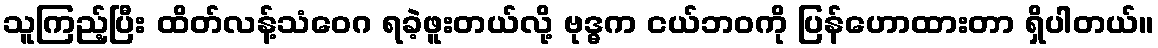
သူကြည့်ပြီး ထိတ်လန့်သံဝေဂ ရခဲ့ဖူးတယ်လို့ ဗုဒ္ဓက ငယ်ဘဝကို ပြန်ဟောထားတာ ရှိပါတယ်။